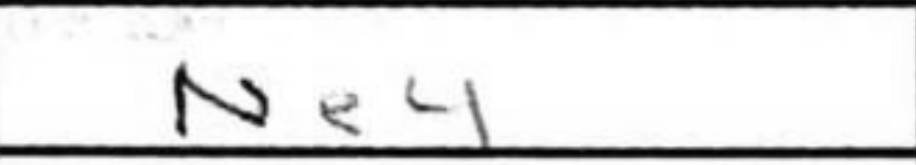
Transcription: Ne4